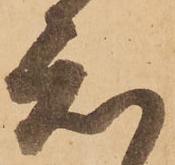
知